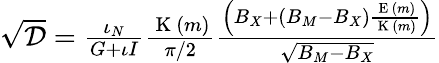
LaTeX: \begin{array}{r}{\sqrt{\mathcal{D}}=\frac{\iota_{N}}{G+\iota I}\frac{\mathrm{~K~}(m)}{\pi/2}\frac{\left(B_{X}+(B_{M}-B_{X})\frac{\mathrm{~E~}(m)}{\mathrm{~K~}(m)}\right)}{\sqrt{B_{M}-B_{X}}}}\end{array}